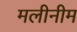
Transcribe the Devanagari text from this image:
मलीनीम